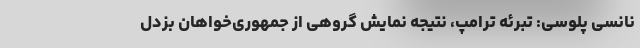
نانسی پلوسی: تبرئه ترامپ، نتیجه نمایش گروهی از جمهوری‌خواهان بزدل